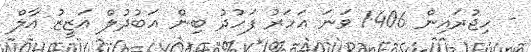
- ހިޖުރައިން 1406 ވަނަ އަހަރު ފަހުދު ބިން އަބުދުލް ޢަޒީޒު އާލް